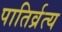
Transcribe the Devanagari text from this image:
पातिर्व्रत्य